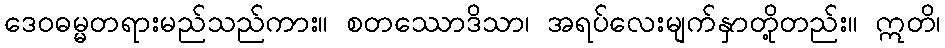
ဒေဝဓမ္မတရားမည်သည်ကား။ စတဿောဒိသာ၊ အရပ်လေးမျက်နှာတို့တည်း။ ဣတိ၊